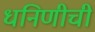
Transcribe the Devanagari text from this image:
धनिणीची